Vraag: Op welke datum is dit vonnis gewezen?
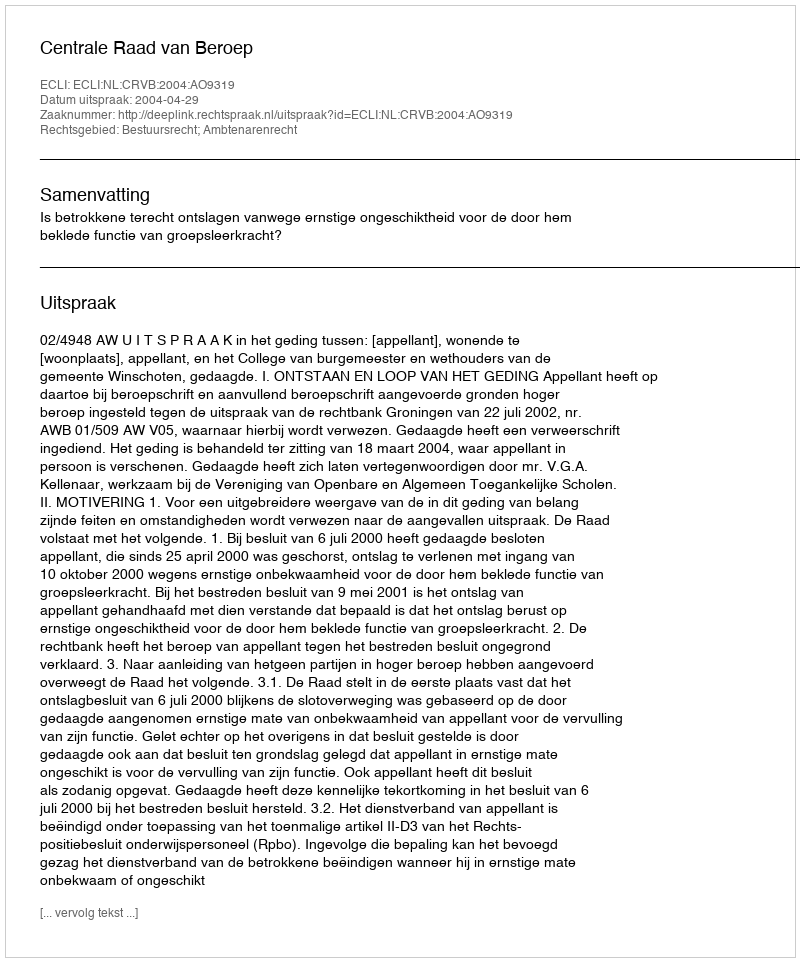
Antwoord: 2004-04-29